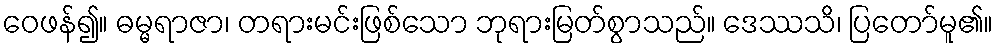
ဝေဖန်၍။ ဓမ္မရာဇာ၊ တရားမင်းဖြစ်သော ဘုရားမြတ်စွာသည်။ ဒေဿသိ၊ ပြတော်မူ၏။